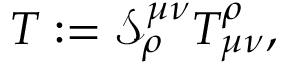
T : = \mathcal { S } _ { \rho } ^ { \mu \nu } T _ { \mu \nu } ^ { \rho } ,